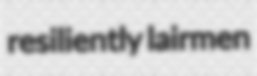
resiliently lairmen